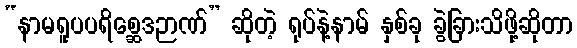
“နာမရူပပရိစ္ဆေဒဉာဏ်” ဆိုတဲ့ ရုပ်နဲ့နာမ် နှစ်ခု ခွဲခြားသိဖို့ဆိုတာ